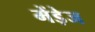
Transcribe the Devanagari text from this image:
मेंडे़ज